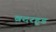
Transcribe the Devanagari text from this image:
ब्रदरहूड